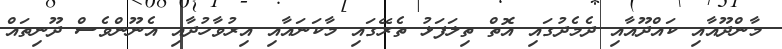
މާންދޫއާއި ކައްދޫއާއި ދެމެދުގައި އޮތް ތިލަފަޅު ތެރޭގައި މާކަނައާއި އިރުވާހުދާއި އެނޫންވެސް ދޫނިތައް